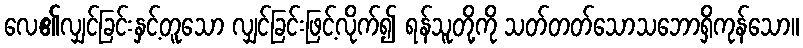
လေ၏လျှင်ခြင်းနှင့်တူသော လျှင်ခြင်းဖြင့်လိုက်၍ ရန်သူတို့ကို သတ်တတ်သောသဘောရှိကုန်သော။